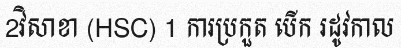
2វិសាខា (HSC) 1 ការប្រកួត បើក រដូវកាល